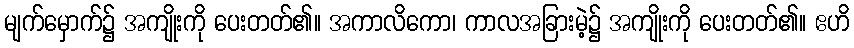
မျက်မှောက်၌ အကျိုးကို ပေးတတ်၏။ အကာလိကော၊ ကာလအခြားမဲ့၌ အကျိုးကို ပေးတတ်၏။ ဧဟိ